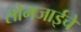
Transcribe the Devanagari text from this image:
सोमजाईचे